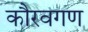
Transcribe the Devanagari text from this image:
कौरवगण